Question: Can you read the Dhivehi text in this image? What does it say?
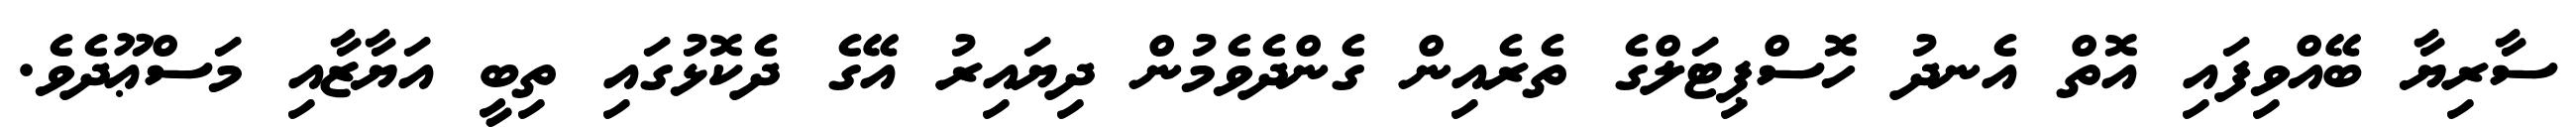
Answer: ސާރިޔާ ބޭއްވިފައި އޮތް އެނދު ހޮސްޕިޓަލްގެ ތެރެއިން ގެންދެވެމުން ދިޔައިރު އޭގެ ދެކޮޅުގައި ތިބީ އަޔާޒާއި މަސްޢޫދެވެ.